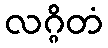
လဂ္ဂိတံ